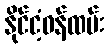
နိုင်ငံ့ဝန်ထမ်း